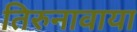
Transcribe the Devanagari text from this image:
तिरुनावाया